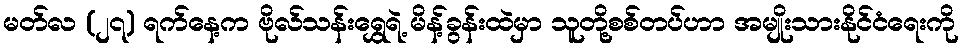
မတ်လ (၂၇) ရက်နေ့က ဗိုလ်သန်းရွှေရဲ့ မိန့်ခွန်းထဲမှာ သူတို့စစ်တပ်ဟာ အမျိုးသားနိုင်ငံရေးကို